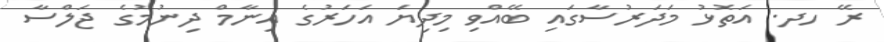
ރޭ ހދ. އަތޮޅު މަދަރުސާގައި ބޭއްވި މިދިޔަ އަހަރުގެ އިނާމް ދިނުމުގެ ޖަލްސާ